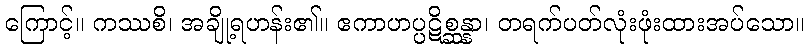
ကြောင့်။ ကဿစိ၊ အချို့ရဟန်း၏။ ဧကာဟပ္ပဋိစ္ဆန္နာ၊ တရက်ပတ်လုံးဖုံးထားအပ်သော။